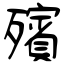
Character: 殯